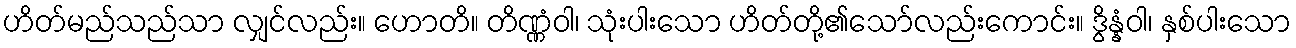
ဟိတ်မည်သည်သာ လျှင်လည်း။ ဟောတိ။ တိဏ္ဏံဝါ၊ သုံးပါးသော ဟိတ်တို့၏သော်လည်းကောင်း။ ဒွိန္နံဝါ၊ နှစ်ပါးသော